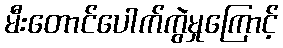
မီးတောင်ပေါက်ကွဲမှုကြောင့်